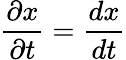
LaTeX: \frac{\partial x}{\partial t}=\frac{dx}{dt}